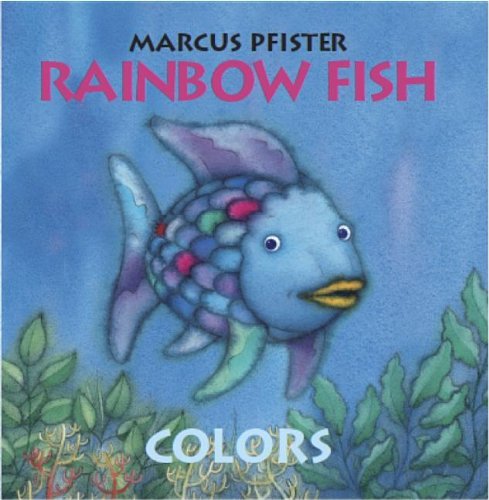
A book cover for Rainbow Fish Colors; Marcus Pfister; Children's Books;